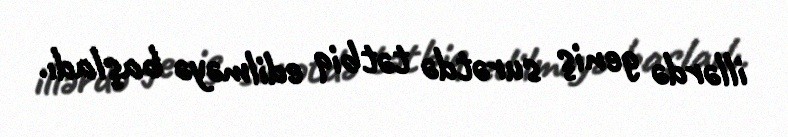
illərdə geniş surətdə tətbiq edilməyə başladı.